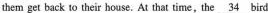
them get back to their house. At that time,the \underline{34} bird